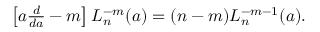
\begin{array} { r } { \left[ a \frac { d } { d a } - m \right] L _ { n } ^ { - m } ( a ) = ( n - m ) L _ { n } ^ { - m - 1 } ( a ) . } \end{array}